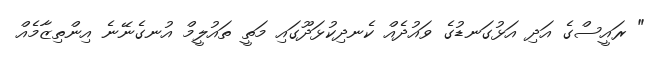
" ރައީސްގެ އަދި އަޅުގަނޑުގެ ވައުދެއް ކެނދިކުޅަދޫގައި މަތީ ތައުލީމް އުނގެނޭނެ އިންތިޒާމެއް